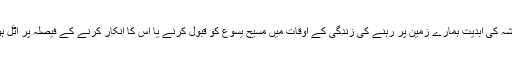
ہماری ہمیشہ کی ابدیت ہمارے زمین پر رہنے کی زندگی کے اوقات میں مسیح یسوع کو قبول کرنے یا اس کا انکار کرنے کے فیصلہ پر اٹل ہو چکا ہے۔